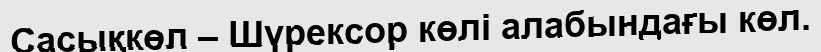
Сасықкөл – Шүрексор көлі алабындағы көл.